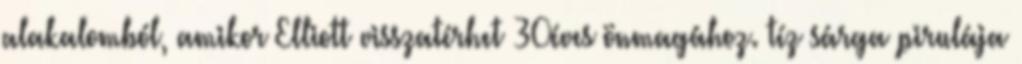
alakalomból, amikor Elliott visszatérhet 30éves önmagához. tíz sárga pirulája